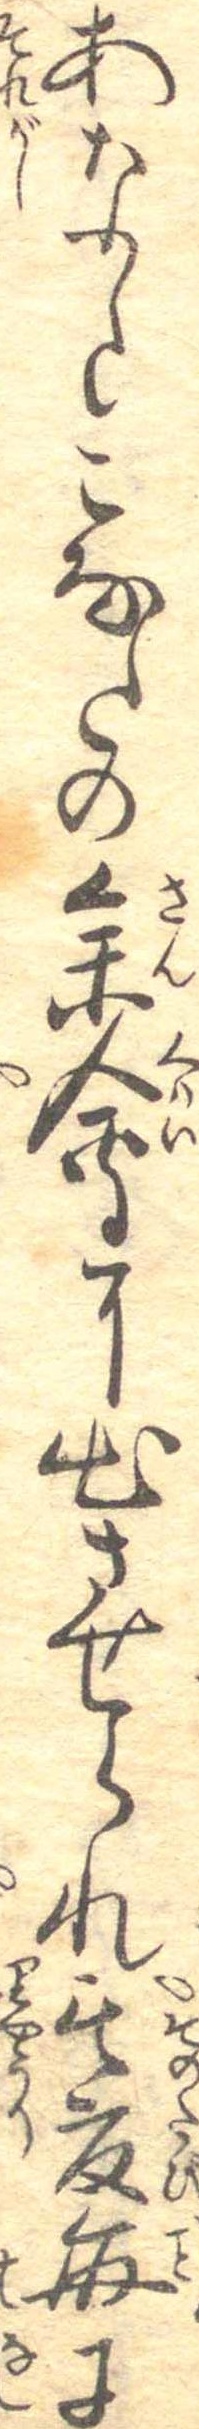
あなたこなたの参会に出させられ其度毎に